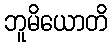
ဘူမိယောတိ